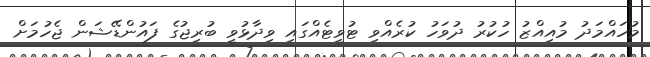
މުހައްމަދު މުއިއްޒު ހުކުރު ދުވަހު ކުރެއްވި ޓުވީޓެއްގައި ވިދާޅުވީ ބުރިޖުގެ ފައުންޑޭޝަން ޖެހުމަށް